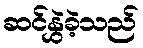
ဆင်နွှဲခဲ့သည်